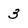
Character: 3